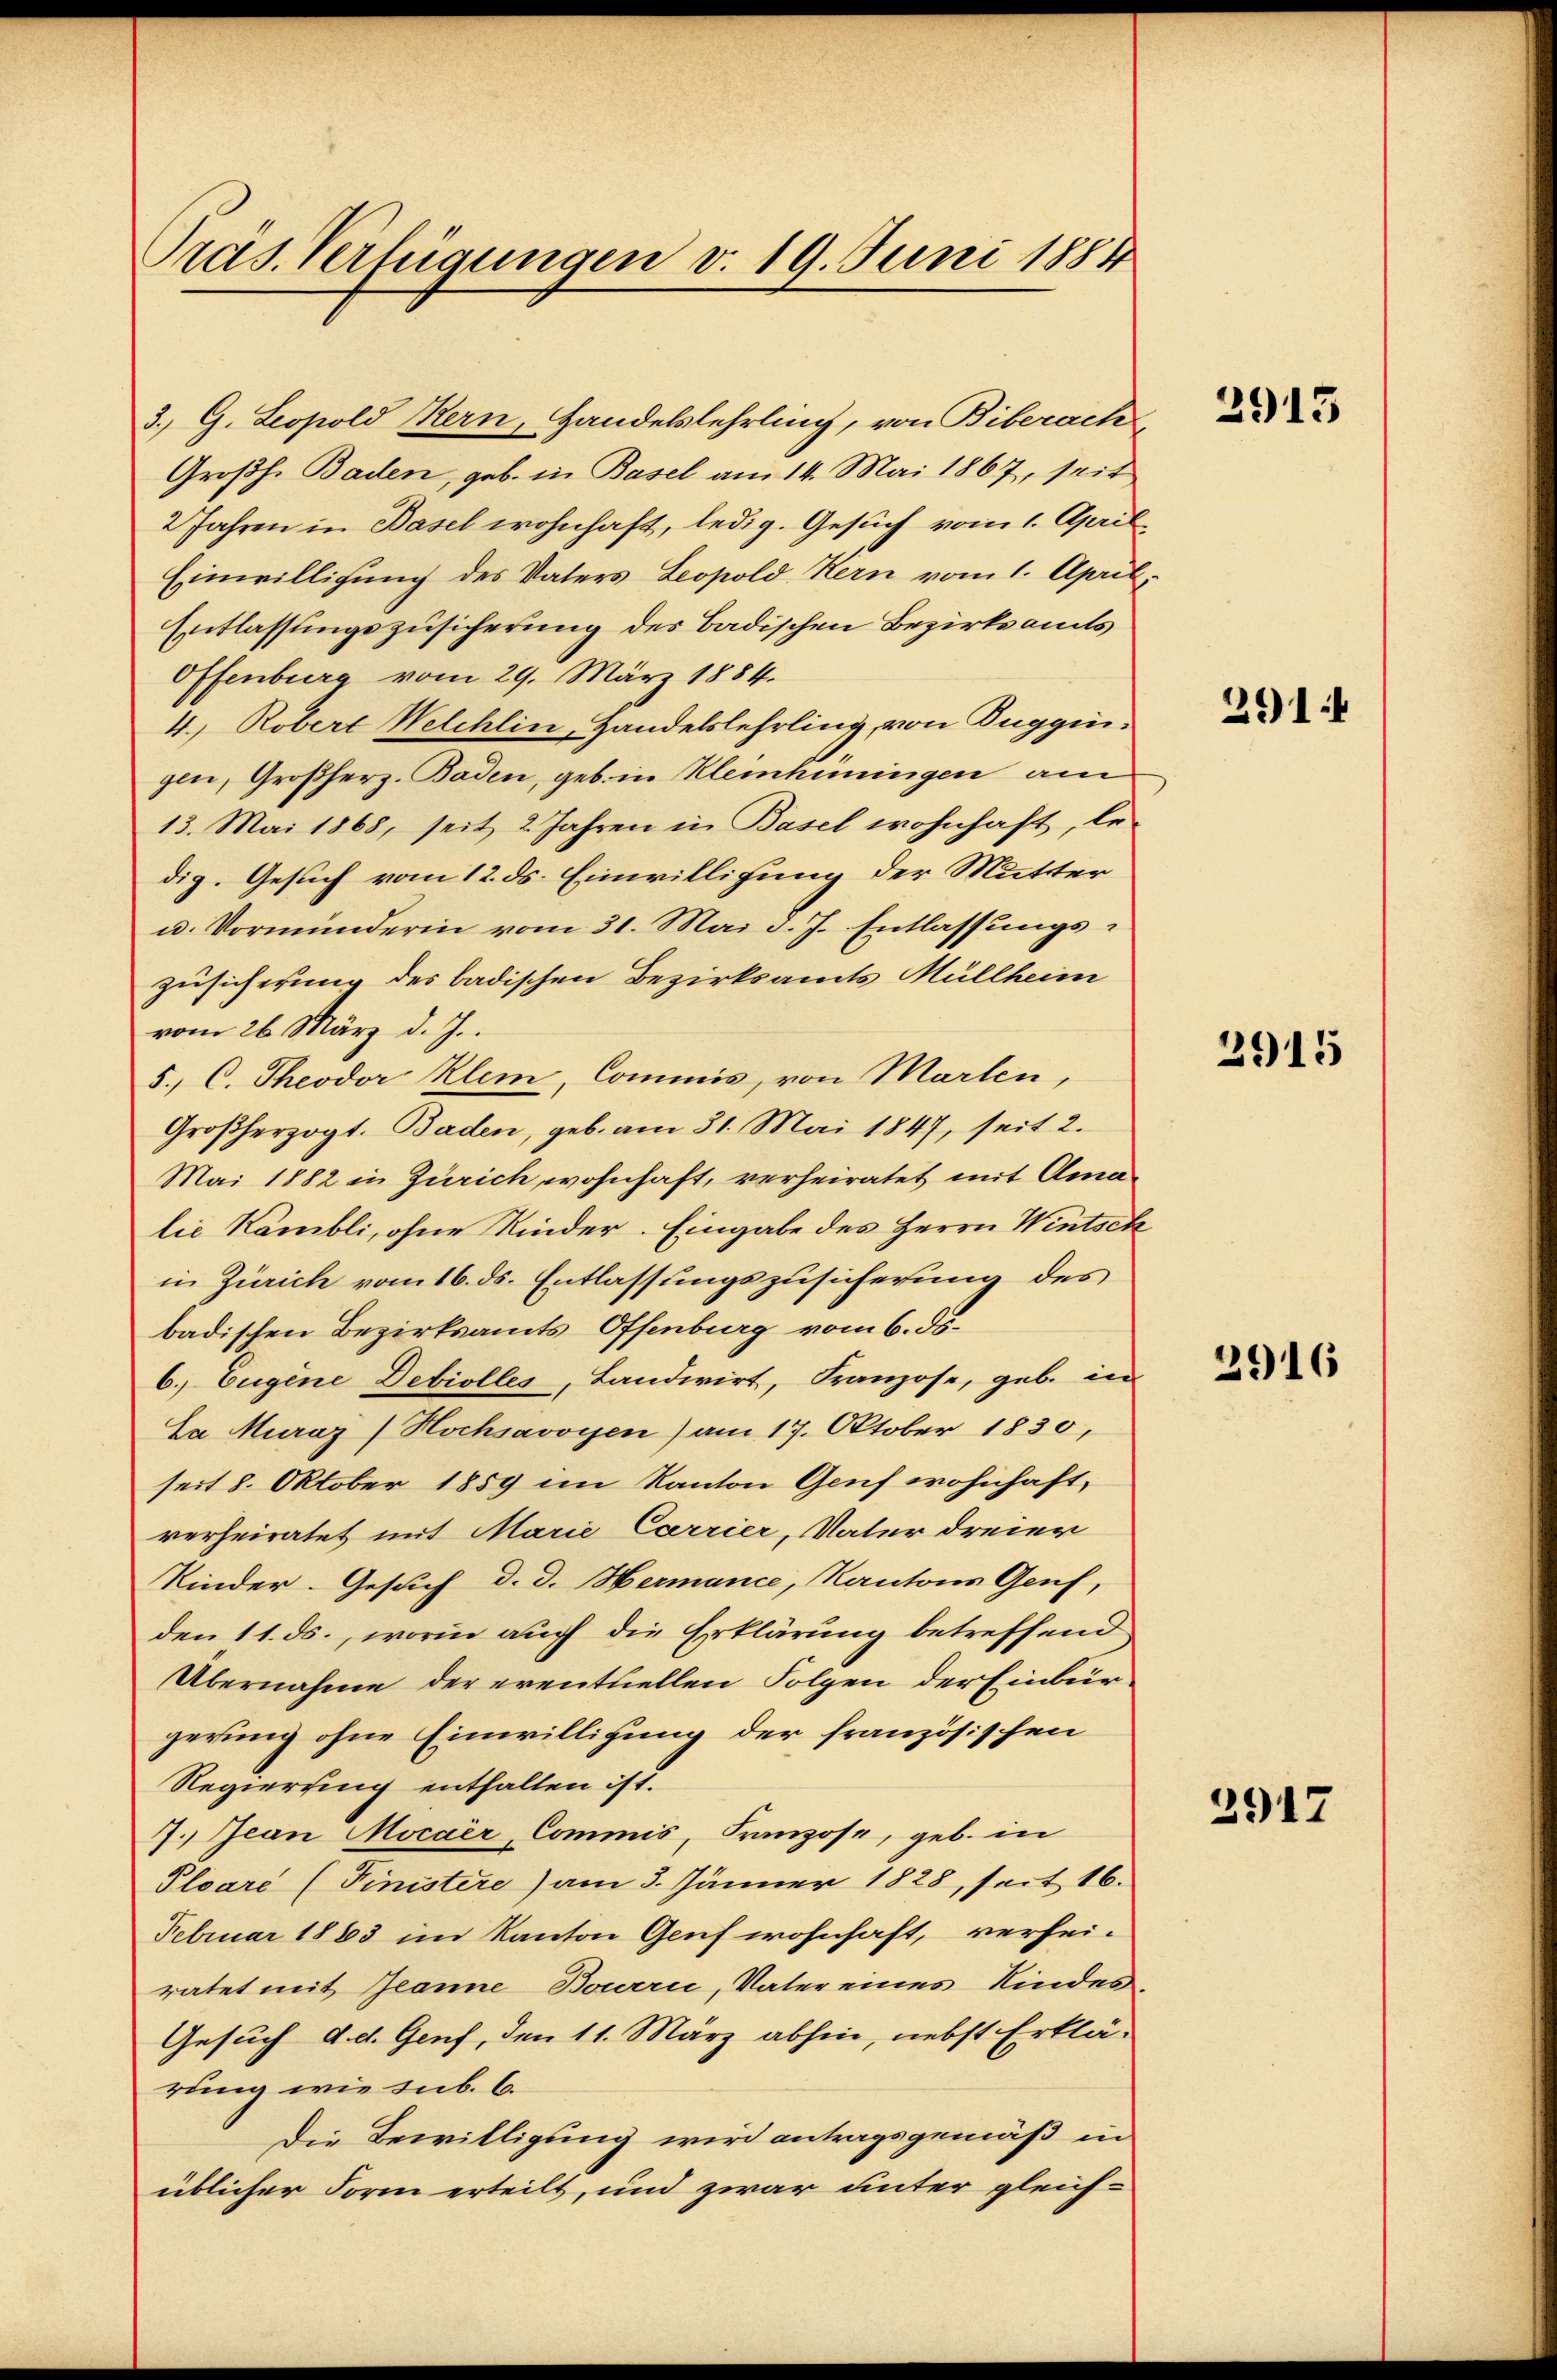
Pras. Verfügungen v. 19. Juni 1884

3.) G. Leopold Kern, Handelslehrling, von Biberach
Großh. Baden, geb. in Basel am 14. Mai 1867, seit
2 Jahren in Basel wohnhaft, ledig. Gesuch vom 1. April
Einwilligung des Vaters Leopold Kern vom 1. April,
Entlassungszusicherung des Badischen Bezirksamts
Offenburg vom 29. März 1884.
4. Robert Welchlin, Handelslehrling, von Zuggingen, Großherz. Baden, geb. in Kleinhüningen am
13. Mai 1868, seit 2 Jahren in Basel wohnhaft, le
dig. Gesuch vom 12. ds. Einwilligung der Mutter
u. Vormunderin vom 31. Mai d. J. Entlassungs¬
Zusicherung des badischen Bezirksamts Müllheim
vom 26. März d. J..
5.) C. Theodor Klein, Commis, von Marten,
Großherzogt. Baden, geb. am 31. Mai 1847, seit 2.
Mai 1882 in Zürich wohnhaft, verheiratet mit Amalie Kämbli, ohne Kinder. Eingabe des Herrn Wintsch
in Zürich vom 16. ds. Entlassungszusicherung des
badischen Bezirksamts Offenburg vom 6. ds.
6. Eugene Debiolles, Landwirt, Franzose, geb. in
Sa Muraz (Hochsavoyen) am 17. Oktober 1830,
seit 8. Oktober 1859 im Kanton Genf wohnhaft,
verheiratet mit Marie Carrier, Vater dreier
Kinder- Gesuch d. d. Hermance, Kantons Genf,
den 11. ds., worin auch die Erklärung betreffend
Übernahme der eventuellen Folgen der Einbürgerung ohne Einwilligung der französischen
Regierung entfalten ist.
7. Jean Mocaer, Commis, Franzose, geb. in
Ploaré (Finistere) am 3. Jänner 1828, seit 16.
Februar 1883 im Kanton Genf wohnhaft, verheiratet mit Jeanne Bourri, Vater eines Kindes
Gesuch d. d. Genf, den 11. März abhin, nebst Erklä-
rung wie sub. 6.
die Bewilligung wird antragsgemäß in
üblicher Form erteilt, und zwar unter gleich¬

2915

291

2915

2916

2917